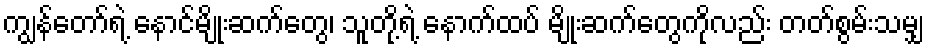
ကျွန်တော်ရဲ့ နောင်မျိုးဆက်တွေ၊ သူတို့ရဲ့ နောက်ထပ် မျိုးဆက်တွေကိုလည်း တတ်စွမ်းသမျှ